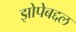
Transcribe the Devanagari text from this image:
झोपेबद्दल